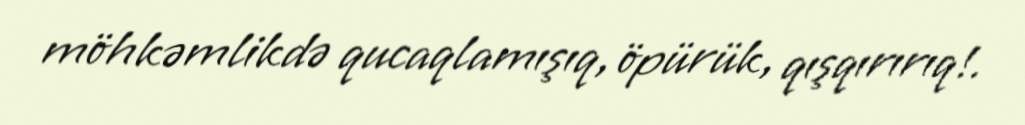
möhkəmlikdə qucaqlamışıq, öpürük, qışqırırıq!.